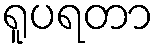
ရူပရတာ